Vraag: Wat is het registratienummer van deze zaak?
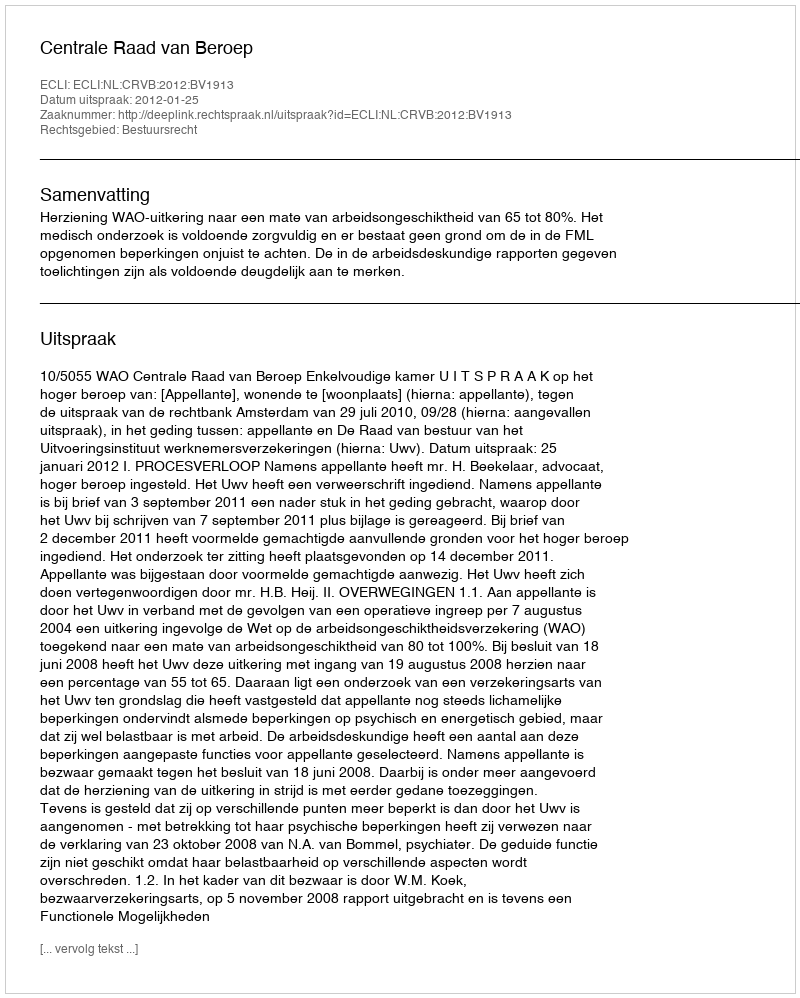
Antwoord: http://deeplink.rechtspraak.nl/uitspraak?id=ECLI:NL:CRVB:2012:BV1913